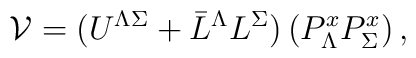
{\cal V} = (U^{\Lambda\Sigma} + \bar{L}^\Lambda L^\Sigma)\left( P_{\Lambda}^x P_{\Sigma}^x\right),